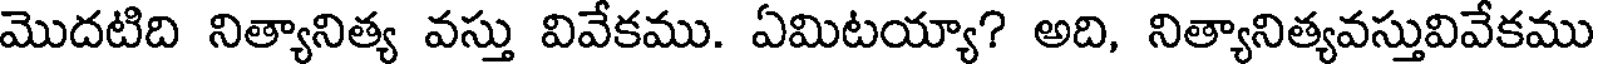
మొదటిది నిత్యానిత్య వస్తు వివేకము. ఏమిటయ్యా? అది, నిత్యానిత్యవస్తువివేకము